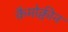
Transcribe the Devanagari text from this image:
कैमोक्वीन